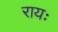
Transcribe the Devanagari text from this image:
रायः